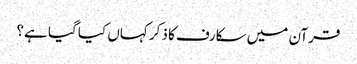
قرآن میں سکارف کا ذکر کہاں کیا گیا ہے؟